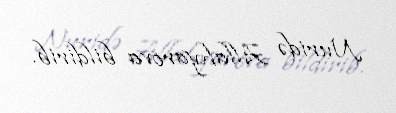
Nuridə Allahyarova bildirib.